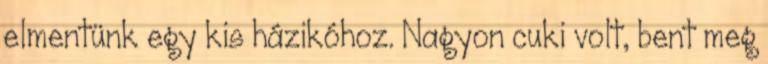
elmentünk egy kis házikóhoz. Nagyon cuki volt, bent meg